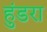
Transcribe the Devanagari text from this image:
हुंडरा